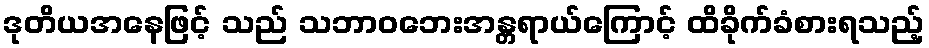
ဒုတိယအနေဖြင့် သည် သဘာဝဘေးအန္တရာယ်ကြောင့် ထိခိုက်ခံစားရသည့်